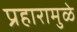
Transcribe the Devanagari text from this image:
प्रहारामुळे